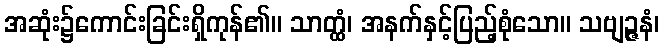
အဆုံး၌ကောင်းခြင်းရှိကုန်၏။ သာတ္ထံ၊ အနက်နှင့်ပြည့်စုံသော။ သဗျဉ္ဇနံ၊